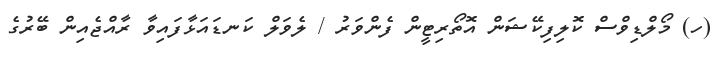
(ހ) މޯލްޑިވްސް ކޮލިފިކޭޝަން އޮތޯރިޓީން ފެންވަރު / ލެވަލް ކަނޑައަޅާފައިވާ ރާއްޖެއިން ބޭރުގެ